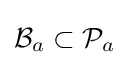
{\mathcal {B}}_{a}\subset {\mathcal {P}}_{a}